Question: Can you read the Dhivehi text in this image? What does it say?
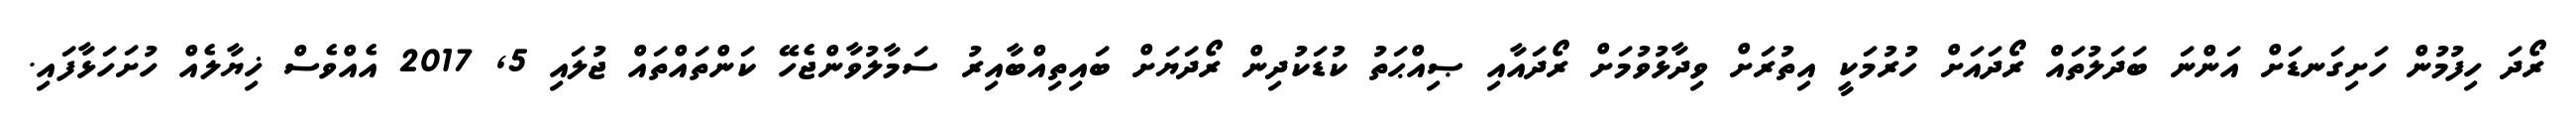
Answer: ރޯދަ ހިފުމުން ހަށިގަނޑަށް އަންނަ ބަދަލުތައް ރޯދައަށް ހުރުމަކީ އިތުރަށް ވިދާޅުވުމަށް ރޯދައާއި ޞިއްޙަތު ކުޑަކުދިން ރޯދަޔަށް ބައިތިއްބާއިރު ސަމާލުވާންޖެހޭ ކަންތައްތައް ޖުލައި 5, 2017 އެއްވެސް ޚިޔާލެއް ހުށަހަޅާފައި.